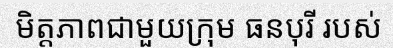
មិត្តភាពជាមួយក្រុម ធនបុរី របស់